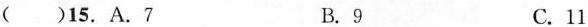
()15. A.7 B.9 C.11